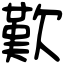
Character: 歎